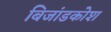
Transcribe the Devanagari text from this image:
बिजांडकोश